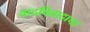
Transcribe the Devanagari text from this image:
वादविवादाचा